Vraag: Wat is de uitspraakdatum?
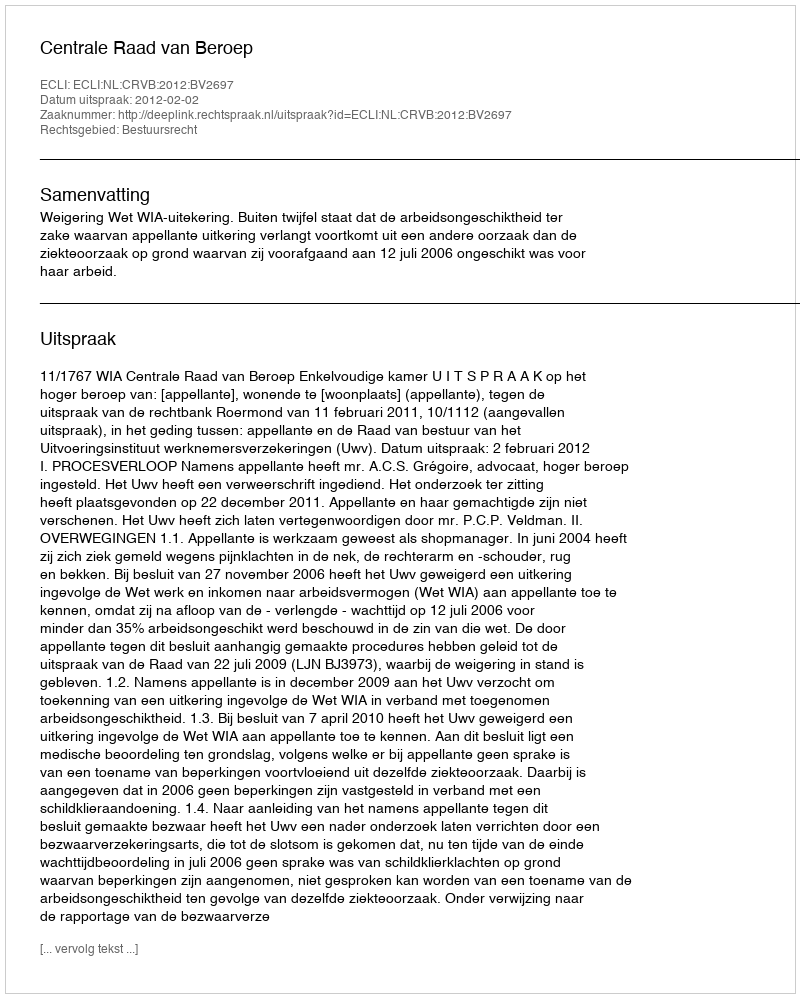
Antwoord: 2012-02-02